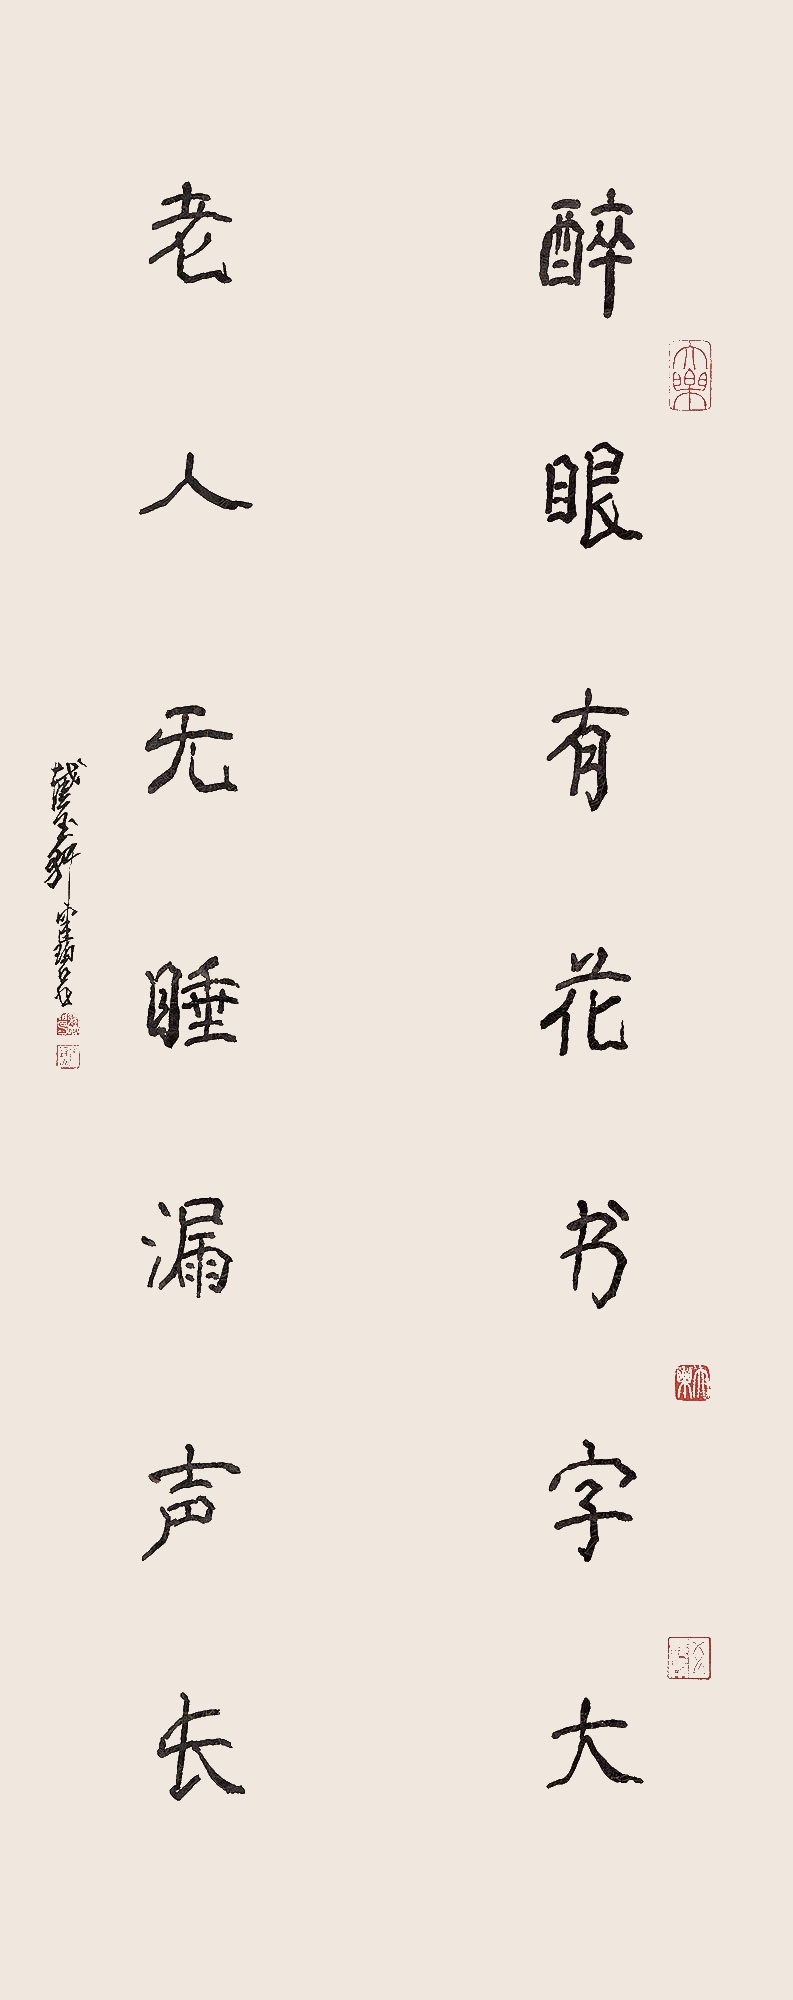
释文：醉眼有花书字大，老人无睡漏声长。截玉轩健碧写。